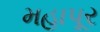
મહાપૂર